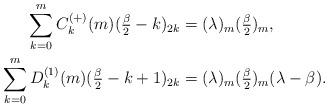
LaTeX: \begin{align*} \sum_{k=0}^{m} C^{(+)}_k(m) (\tfrac{\beta}{2}-k)_{2k}&=(\lambda)_m (\tfrac{\beta}{2})_m,\\ \sum_{k=0}^{m} D^{(1)}_k(m) (\tfrac{\beta}{2}-k+1)_{2k}&=(\lambda)_m (\tfrac{\beta}{2})_{m}(\lambda-\beta). \end{align*}